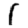
Digit: 1